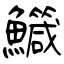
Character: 鱵